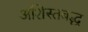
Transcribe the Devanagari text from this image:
अशिस्तबद्ध